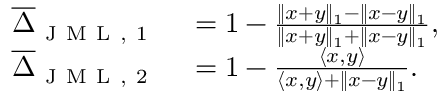
\begin{array} { r l } { \overline { { \Delta } } _ { \mathrm { ~ J ~ M ~ L ~ , ~ 1 ~ } } } & { { } = 1 - \frac { \| x + y \| _ { 1 } - \| x - y \| _ { 1 } } { \| x + y \| _ { 1 } + \| x - y \| _ { 1 } } , } \\ { \overline { { \Delta } } _ { \mathrm { ~ J ~ M ~ L ~ , ~ 2 ~ } } } & { { } = 1 - \frac { \langle x , y \rangle } { \langle x , y \rangle + \| x - y \| _ { 1 } } . } \end{array}